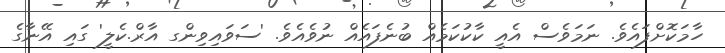
ހާމަކޮށްފައެވެ. ނަމަވެސް އެއީ ކާކުކަމެއް ބުނެފައެއް ނުވެއެވެ. 'ސަވައިވިންގ އާރް.ކެލީ' ގައި އޭނާގެ